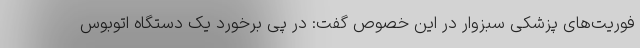
فوریت‌های پزشکی سبزوار در این خصوص گفت: در پی برخورد یک دستگاه اتوبوس